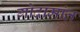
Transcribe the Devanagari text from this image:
गोदामांत